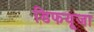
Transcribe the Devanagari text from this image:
डिफयूजा